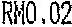
RM0.02